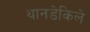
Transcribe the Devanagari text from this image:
थानडेकिले